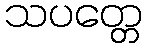
သပတ္တေ